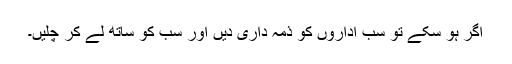
اگر ہو سکے تو سب اداروں کو ذمہ داری دیں اور سب کو ساتھ لے کر چلیں۔